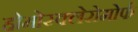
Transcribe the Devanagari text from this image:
होमोस्क्लेरोमोर्फ